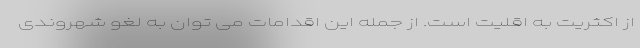
از اکثریت به اقلیت است. از جمله این اقدامات می توان به لغو شهروندی